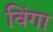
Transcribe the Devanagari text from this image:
विंगा